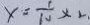
x = \frac { 1 } { 1 0 } \times 2